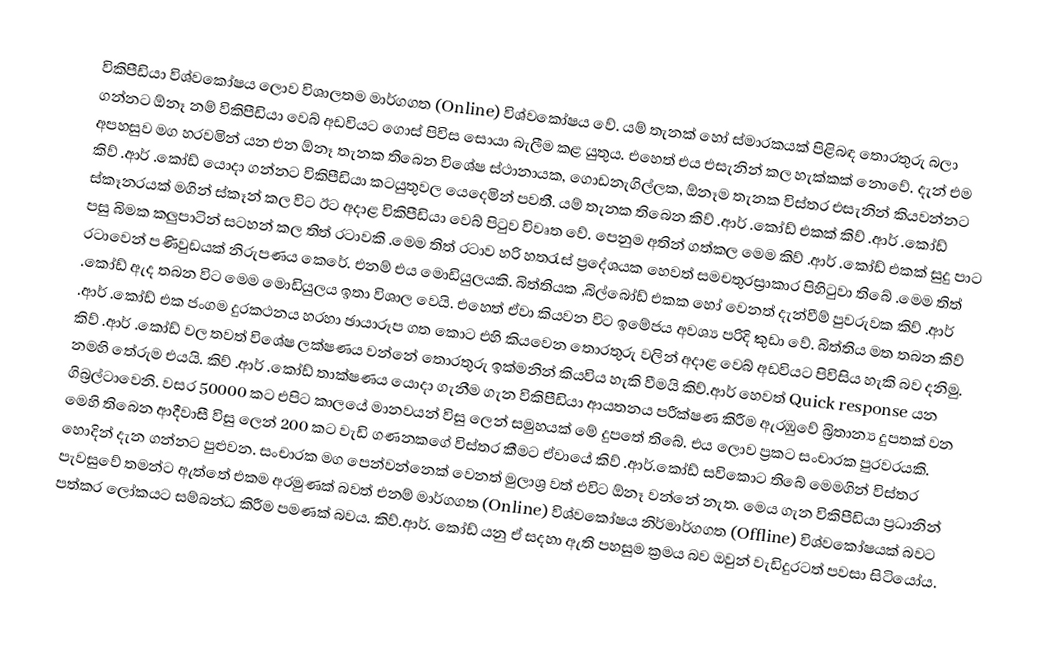
විකිපීඩියා විශ්වකෝෂය ලොව විශාලතම මාර්ගගත (Online) විශ්වකෝෂය වේ. යම් තැනක් හෝ ස්මාරකයක් පිළිබඳ තොරතුරු බලා ගන්නට ඕනෑ නම් විකිපීඩියා වෙබ් අඩවියට ගොස් පිවිස සොයා බැලීම කළ යුතුය. එහෙත් එය එසැනින් කල හැක්කක් නොවේ. දැන් එම අපහසුව මග හරවමින්  යන එන ඕනෑ තැනක තිබෙන විශේෂ ස්ථානායක, ගොඩනැගිල්ලක, ඕනෑම තැනක විස්තර එසැනින් කියවන්නට කිව් .ආර් .කෝඩ් යොදා ගන්නට විකිපීඩියා කටයුතුවල යෙදෙමින් පවතී.  යම් තැනක තිබෙන කිව් .ආර් .කෝඩ් එකක් කිව් .ආර් .කෝඩ් ස්කෑනරයක් මගින් ස්කෑන් කල විට ඊට අදාළ  විකිපීඩියා වෙබ් පිටුව විවෘත වේ. පෙනුම අතින් ගත්කල  මෙම කිව් .ආර් .කෝඩ්  එකක් සුදු පාට  පසු බිමක කලුපාටින් සටහන් කල තිත් රටාවකි .මෙම තිත් රටාව හරි හතරැස් ප්‍රදේශ‍යක හෙවත් සමචතුරස්‍රාකාර පිහිටුවා තිබේ .මෙම තිත් රටාවෙන් පණිවුඩයක් නිරුපණය කෙරේ. එනම් එය මොඩියුලයකි. බිත්තියක ,බිල්බෝඩ් එකක හෝ වෙනත් දැන්වීම් පුවරුවක කිව් .ආර් .කෝඩ් ඇද තබන විට මෙම මොඩියුලය ඉතා විශාල වෙයි. එහෙත්  ඒවා කියවන විට  ඉමේජය අවශ්‍ය පරිදි කුඩා වේ. බිත්තිය මත තබන කිව් .ආර් .කෝඩ් එක ජංගම දුරකථනය හරහා ඡායාරූප ගත කොට එහි කියවෙන තොරතුරු වලින් අදාළ වෙබ් අඩවියට පිවිසිය හැකි බව දනිමු. කිව් .ආර් .කෝඩ් වල තවත් විශේෂ ලක්ෂණය වන්නේ තොරතුරු ඉක්මනින් කියවිය හැකි වීමයි කිව්.ආර් හෙවත් Quick response යන නමහි තේරුම එයයි. කිව් .ආර් .කෝඩ් තාක්ෂණය යොදා ගැනීම ගැන විකිපීඩියා ආයතනය පරීක්ෂණ කිරීම ඇරඹුවේ බ්‍රිතාන්‍ය දුපතක් වන ගිබ්‍රල්ටාවෙනි. වසර 50000 කට එපිට කාලයේ මානවයන් විසු ලෙන් සමුහයක් මේ දුපතේ තිබේ. එය ලොව ප්‍රකට සංචාරක පුරවරයකි. මෙහි තිබෙන ආදීවාසී විසු ලෙන් 200 කට වැඩි ගණනකගේ විස්තර කීමට ඒවායේ කිව් .ආර්.කෝඩ් සවිකොට තිබේ මෙමගින් විස්තර හොදින් දැන ගන්නට පුළුවන. සංචාරක මග පෙන්වන්නෙක් වෙනත් මුලාශ්‍ර වත් එවිට ඕනෑ වන්නේ නැත. මෙය ගැන විකිපීඩියා ප්‍රධානින් පැවසුවේ තමන්ට ඇත්තේ එකම අරමුණක් බවත් එනම් මාර්ගගත (Online) විශ්වකෝෂය නිර්මාර්ගගත (Offline) විශ්වකෝෂයක් බවට පත්කර ලෝකයට සම්බන්ධ කිරීම පමණක් බවය. කිව්.ආර්. කෝඩ් යනු ඒ සදහා ඇති පහසුම ක්‍රමය බව ඔවුන් වැඩිදුරටත් පවසා සිටියෝය.